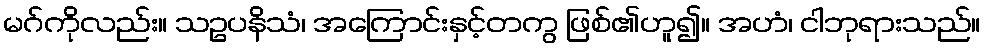
မဂ်ကိုလည်း။ သဥပနိသံ၊ အကြောင်းနှင့်တကွ ဖြစ်၏ဟူ၍။ အဟံ၊ ငါဘုရားသည်။